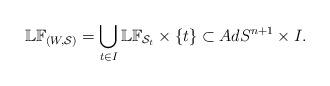
LaTeX: \begin{align*}\mathbb{LF}_{(W,\mathcal{S})}=\bigcup _{t\in I} \mathbb{LF}_{\mathcal{S}_{t}}\times \{t\} \subset AdS^{n+1}\times I.\end{align*}